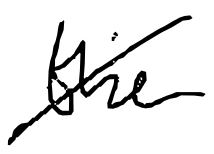
Text: the
Cross-out: diagonal
Writing tool: digital_black